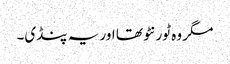
مگر وہ ٹورنٹو تھا اور یہ پنڈی۔